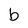
Character: b